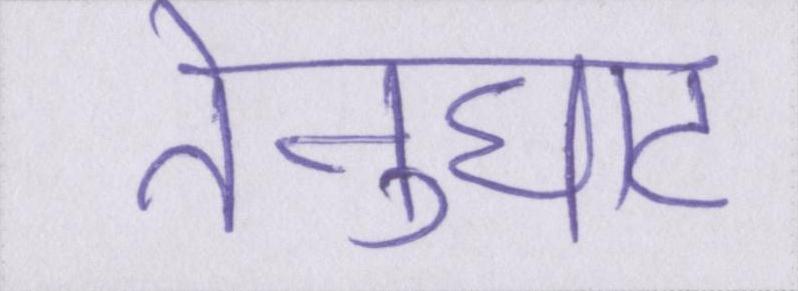
तेनुघाट